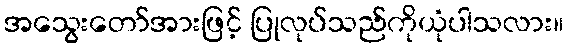
အသွေးတော်အားဖြင့် ပြုလုပ်သည်ကိုယုံပါသလား။